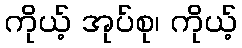
ကိုယ့် အုပ်စု၊ ကိုယ့်